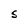
Character: S